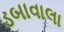
ડબાવાલા